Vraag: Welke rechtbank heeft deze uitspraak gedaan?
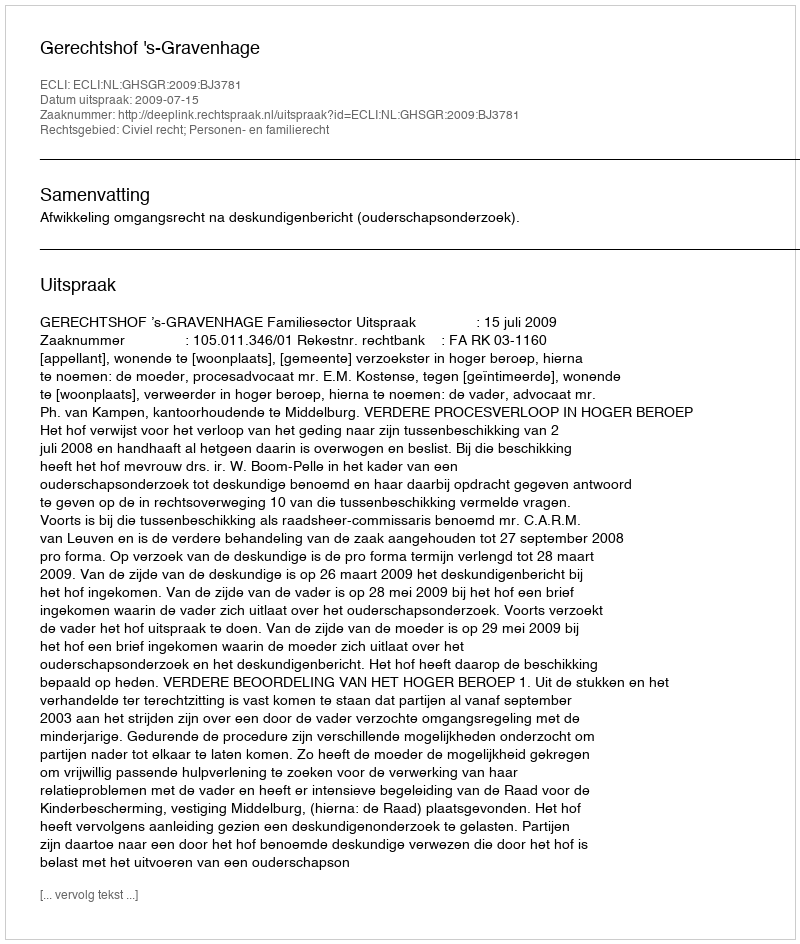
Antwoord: Gerechtshof 's-Gravenhage